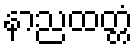
နာညထတ္တံ